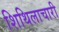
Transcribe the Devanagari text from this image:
शिथिलाचारी